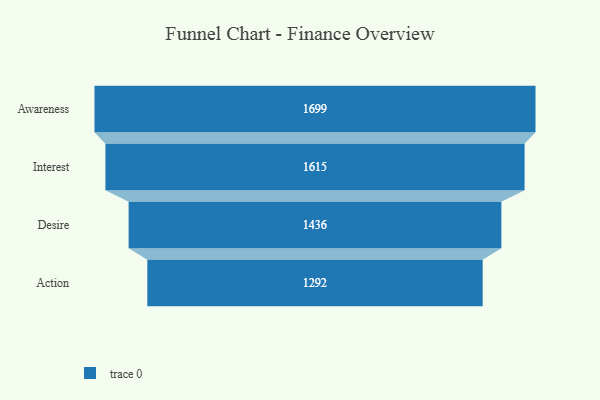
{"axis": {"x": "Stage", "y": "Value"}, "legend": [""], "data": [{"x": "Awareness", "y": 1699.0, "type": ""}, {"x": "Interest", "y": 1615.0, "type": ""}, {"x": "Desire", "y": 1436.0, "type": ""}, {"x": "Action", "y": 1292.0, "type": ""}]}